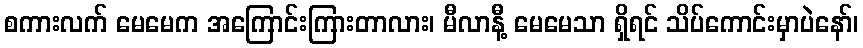
စကားလက် မေမေက အကြောင်းကြားတာလား၊ မီလာနီ့ မေမေသာ ရှိရင် သိပ်ကောင်းမှာပဲနော်၊